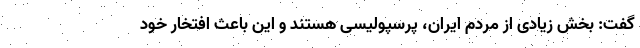
گفت: بخش زیادی از مردم ایران، پرسپولیسی هستند و این باعث افتخار خود